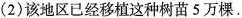
(2)该地区已经移植这种树苗5万棵.